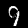
Digit: 9